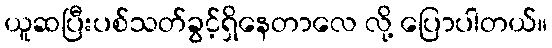
ယူဆပြီးပစ်သတ်ခွင့်ရှိနေတာလေ လို့ ပြောပါတယ်။